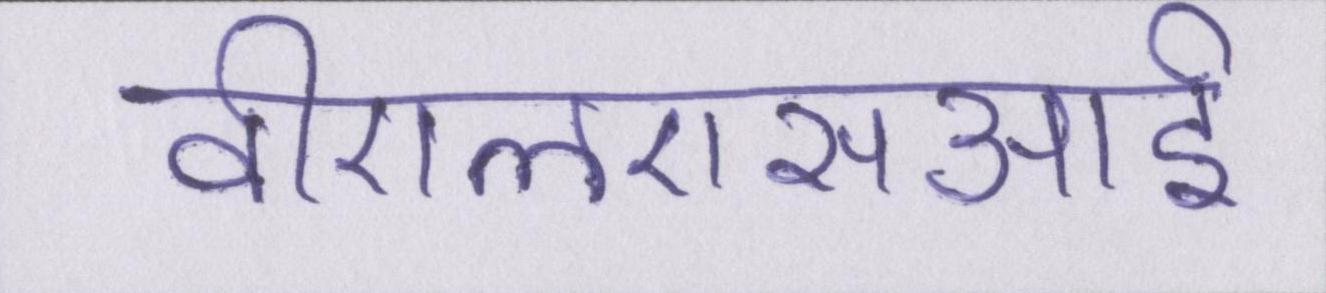
वीएलएसआई